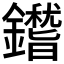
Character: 𨮺